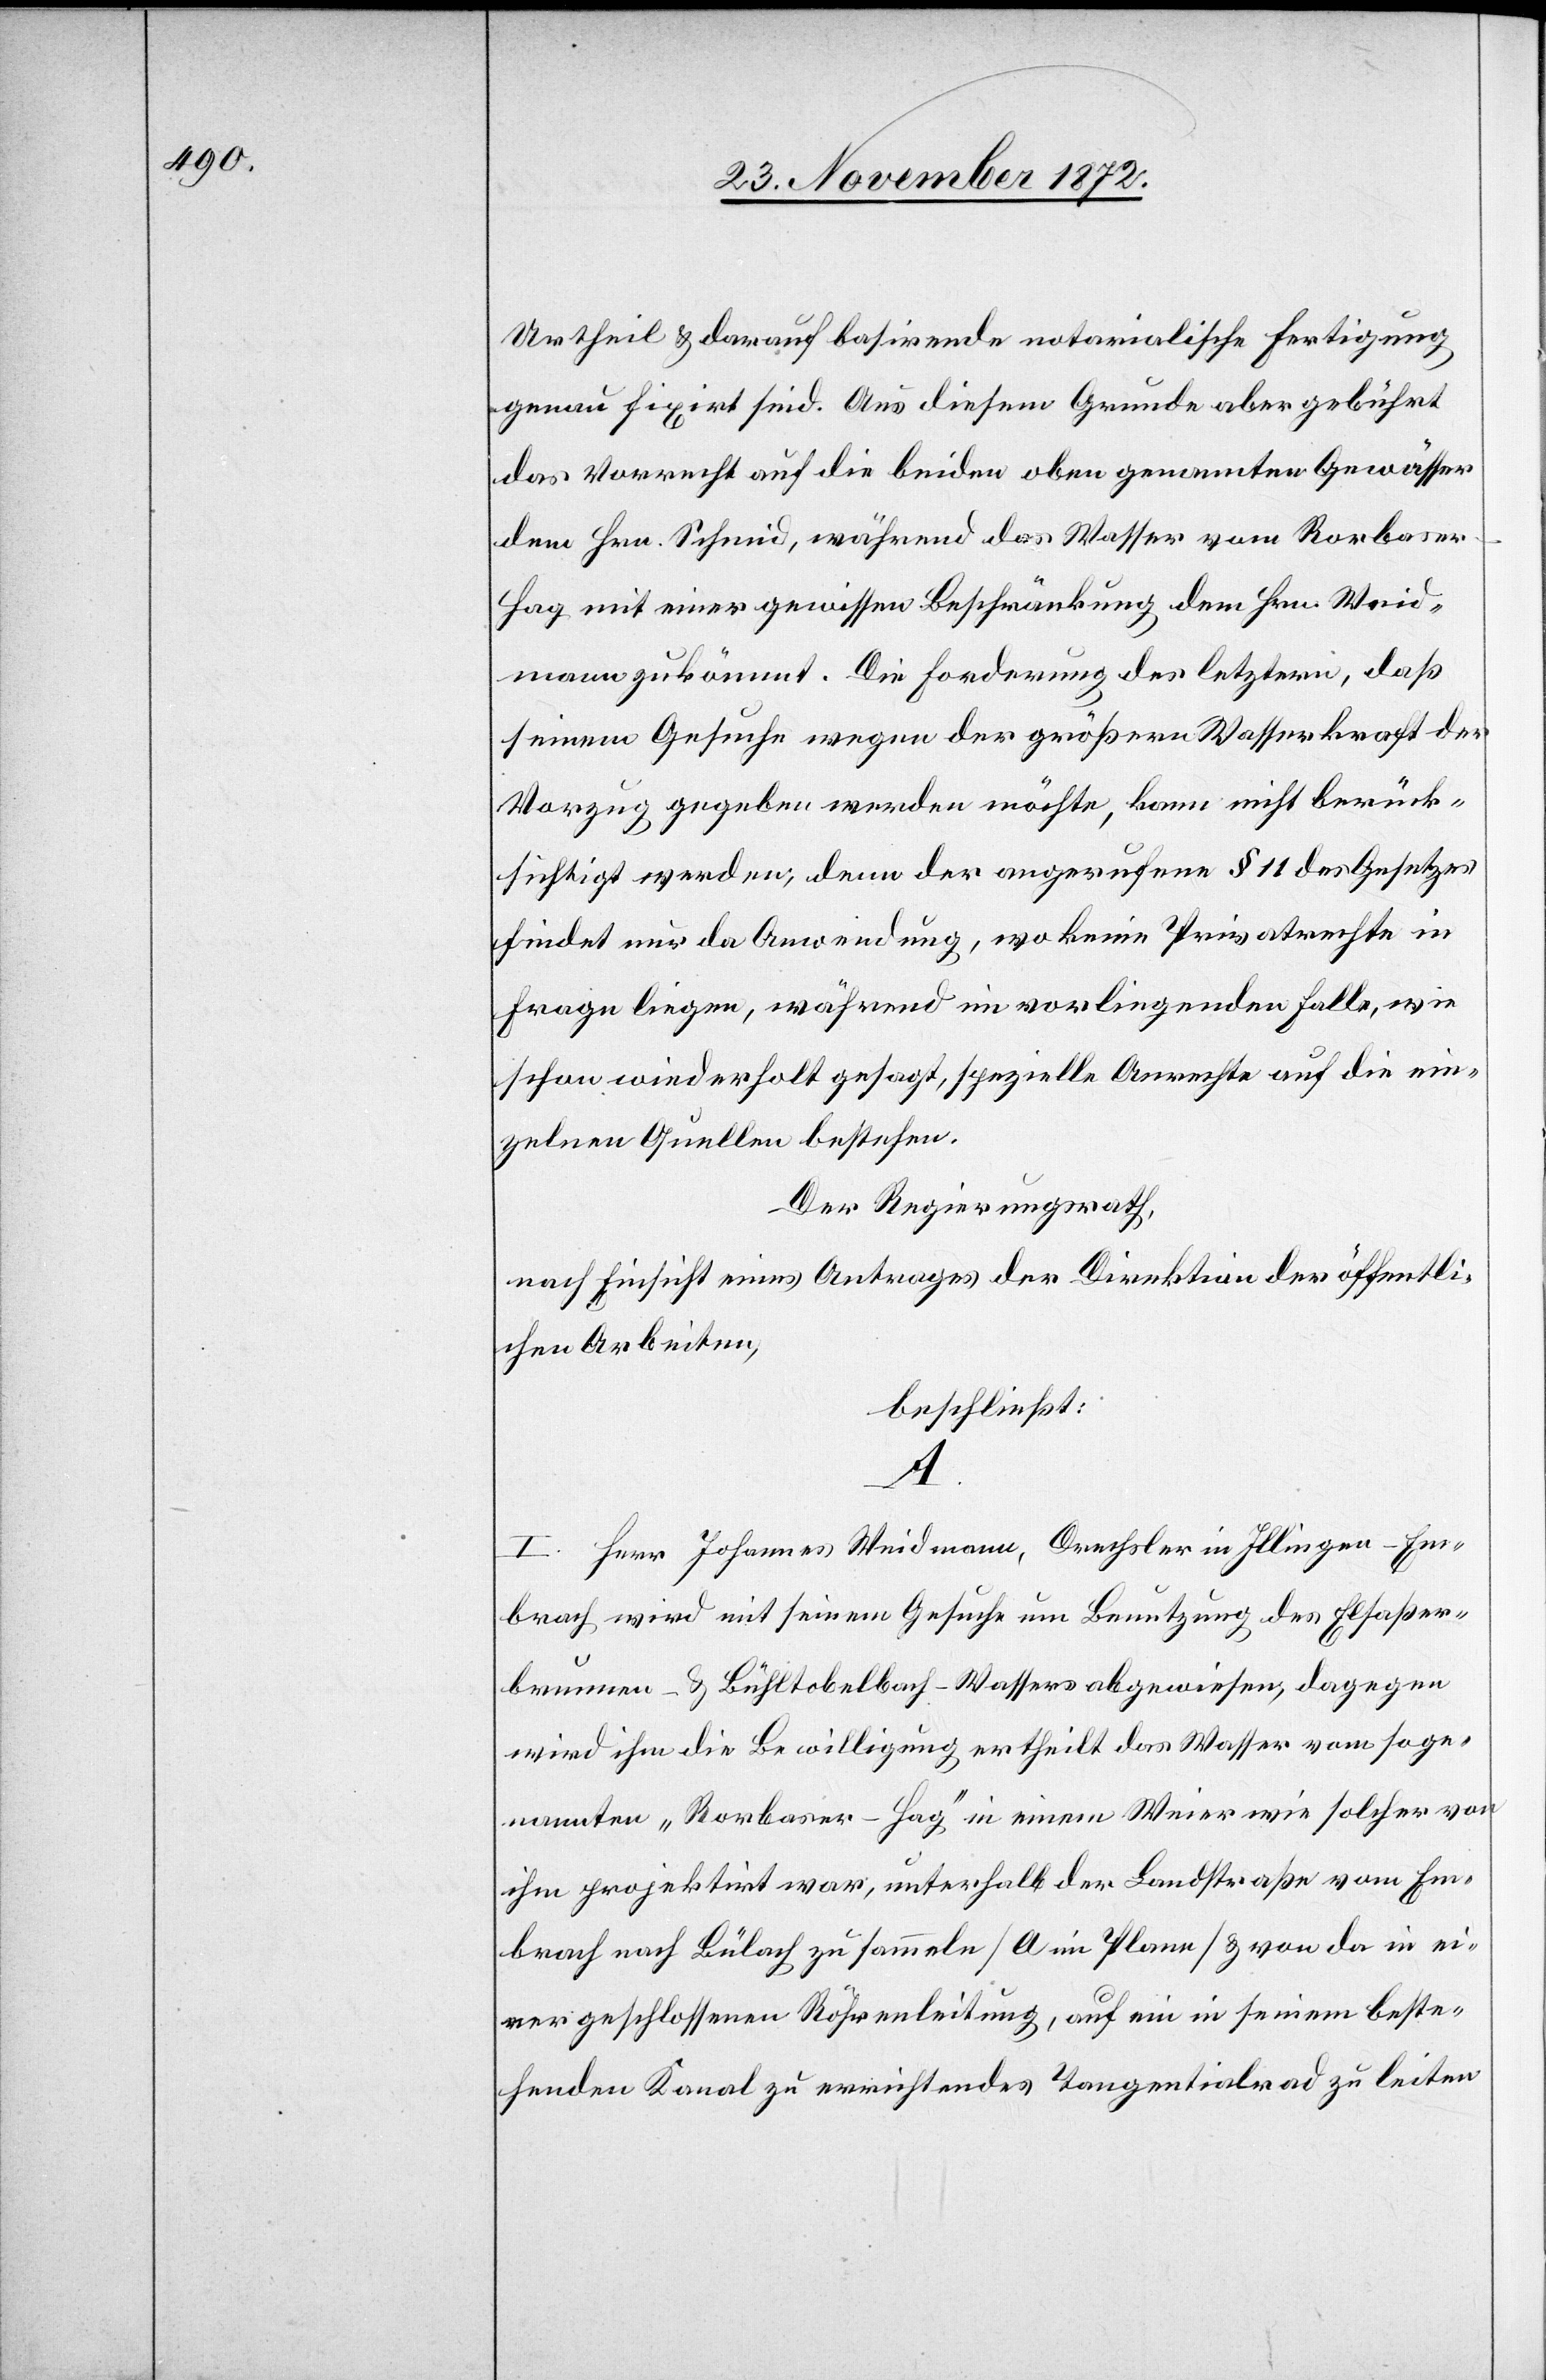
Urtheil u. darauf basirende notarialische Fertigung
genau fixirt sind. Aus diesem Grunde aber gebührt
das Vorrecht auf die beiden oben genannten Gewässer
dem Hrn. Schmid, während das Wasser vom Rorbaser¬
hag mit einer gewissen Beschränkung dem Hrn. Waid¬
mann zukommt. Die Forderung des letztern, daß
seinem Gesuche wegen der größern Wasserkraft der
Vorzug gegeben werden möchte, kann nicht berück¬
sichtigt werden, denn der angerufene § 11 des Gesetzes
findet nur da Anwendung, wo keine Privatrechte in
Frage liegen, während im vorliegenden Falle, wie
schon wiederholt gesagt, spezielle Anrechte auf die ein¬
zelnen Quellen bestehen.
Der Regierungsrath,
nach Einsicht eines Antrages der Direktion der öffentli¬
chen Arbeiten,
beschließt:
A.
I. Herr Johannes Weidmann, Drechsler in Illingen-Em¬
brach wird mit seinem Gesuch um Benutzung des Elsaßer¬
brunnen- u. Bühltobelbach-Wassers abgewiesen, dagegen
wird ihm die Bewilligung ertheilt das Wasser vom soge¬
nannten „Rorbaser-Hag“ in einem Weier wie solcher von
ihm projektirt war, unterhalb der Landstraße vom Em¬
brach nach Bülach zu sammeln [A im Plane] u. von da in ei¬
ner geschlossenen Röhrenleitung, auf ein in seinem beste¬
henden Kanal zu errichtendes Tangentialrad zu leiten